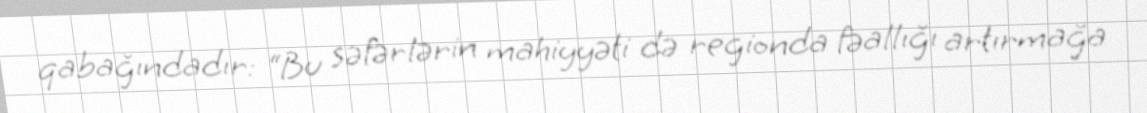
qabağındadır: “Bu səfərlərin mahiyyəti də regionda fəallığı artırmağa